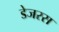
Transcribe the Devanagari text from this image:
डेजरस